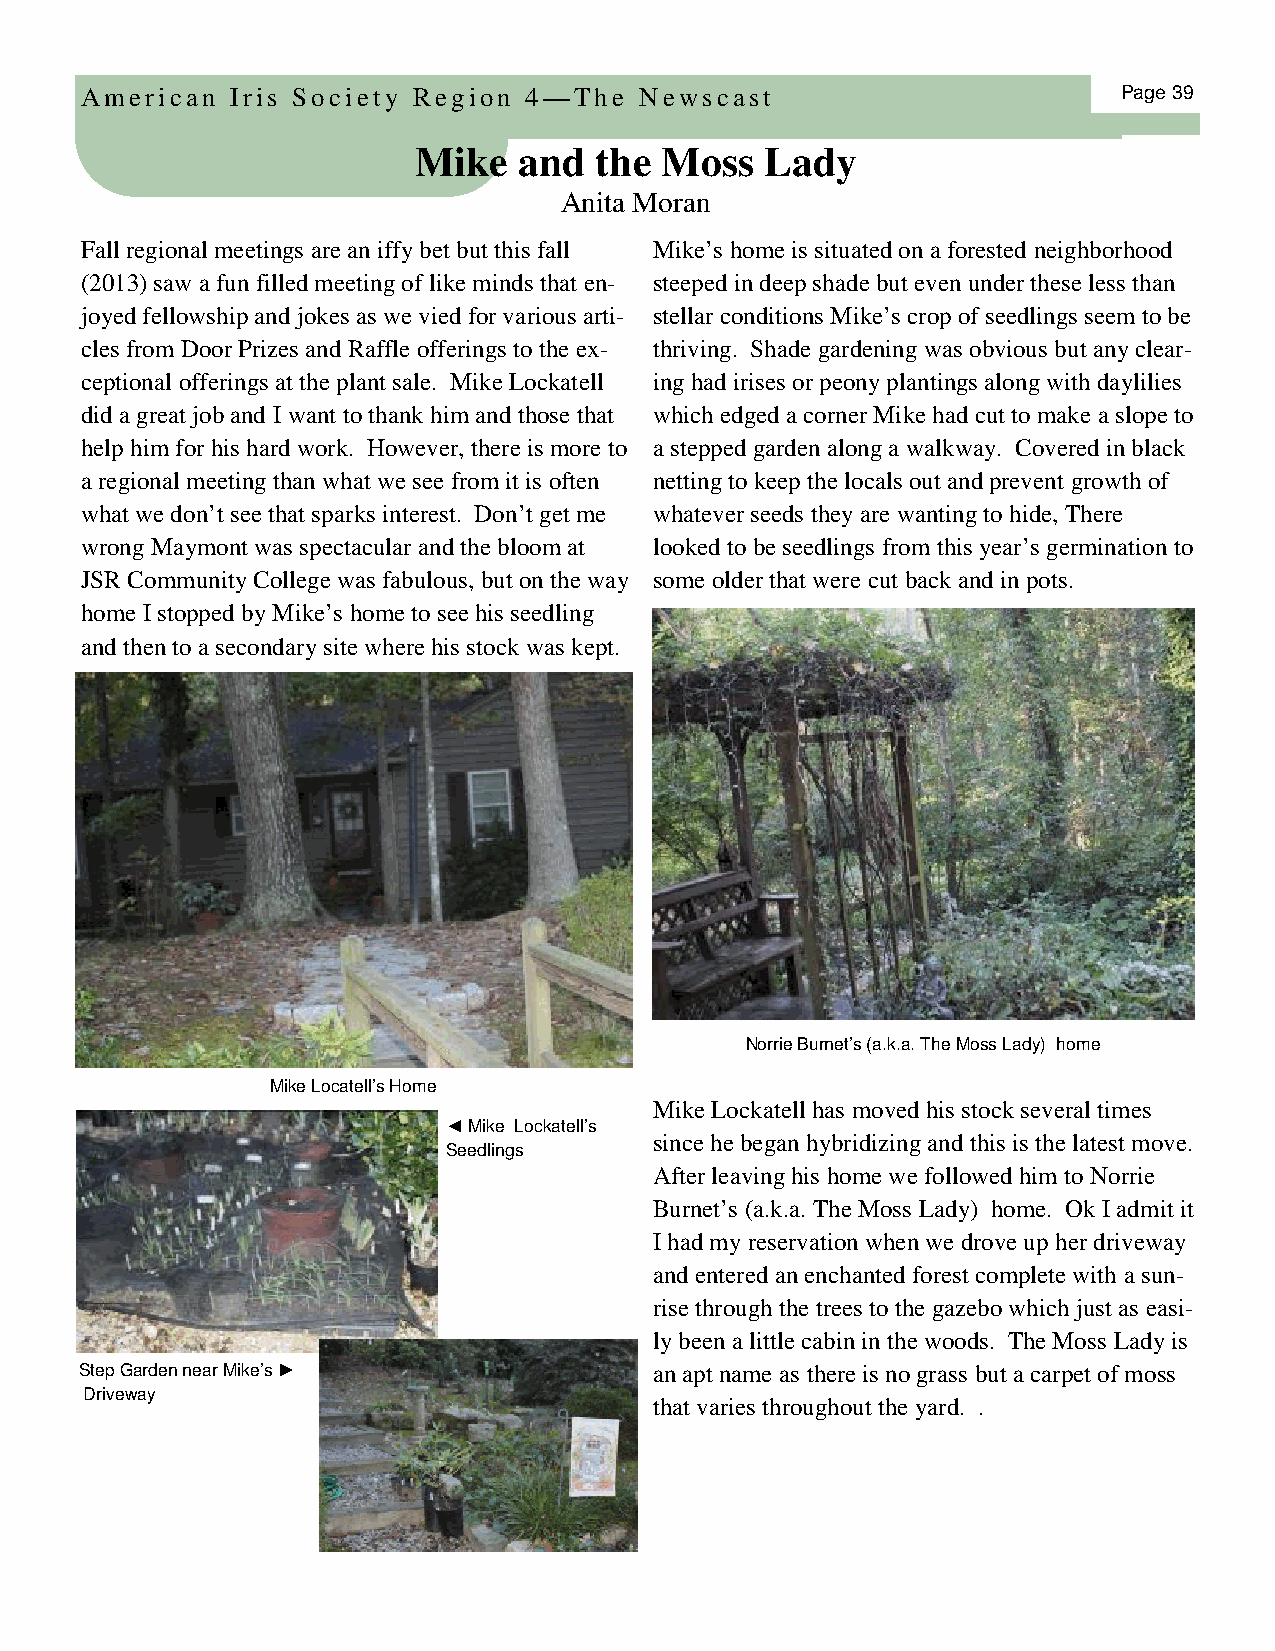
American  Iris Society Region 4—The  Newscast                        Page 39
 Mike   and  the  Moss   Lady
 Anita Moran
 Fall regional meetings are an iffy bet but this fall Mike’s home is situated on a forested neighborhood
 (2013) saw a fun filled meeting of like minds that en- steeped in deep shade but even under these less than
 joyed fellowship and jokes as we vied for various arti- stellar conditions Mike’s crop of seedlings seem to be
 cles from Door Prizes and Raffle offerings to the ex- thriving. Shade gardening was obvious but any clear-
 ceptional offerings at the plant sale. Mike Lockatell ing had irises or peony plantings along with daylilies
 did a great job and I want to thank him and those that which edged a corner Mike had cut to make a slope to
 help him for his hard work. However, there is more to a stepped garden along a walkway. Covered in black
 a regional meeting than what we see from it is often netting to keep the locals out and prevent growth of
 what we don’t see that sparks interest. Don’t get me whatever seeds they are wanting to hide, There
 wrong Maymont was spectacular and the bloom at looked to be seedlings from this year’s germination to
 JSR Community College was fabulous, but on the way some older that were cut back and in pots.
 home I stopped by Mike’s home to see his seedling
 and then to a secondary site where his stock was kept.
 Norrie Burnet’s (a.k.a. The Moss Lady) home
 Mike Locatell’s Home
 Mike Lockatell has moved his stock several times
 ◄ Mike Lockatell’s
 since he began hybridizing and this is the latest move.
 Seedlings
 After leaving his home we followed him to Norrie
 Burnet’s (a.k.a. The Moss Lady) home. Ok I admit it
 I had my reservation when we drove up her driveway
 and entered an enchanted forest complete with a sun-
 rise through the trees to the gazebo which just as easi-
 ly been a little cabin in the woods. The Moss Lady is
 Step Garden near Mike’s ►             an apt name as there is no grass but a carpet of moss
 Driveway
 that varies throughout the yard. .